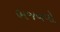
ભજવવો